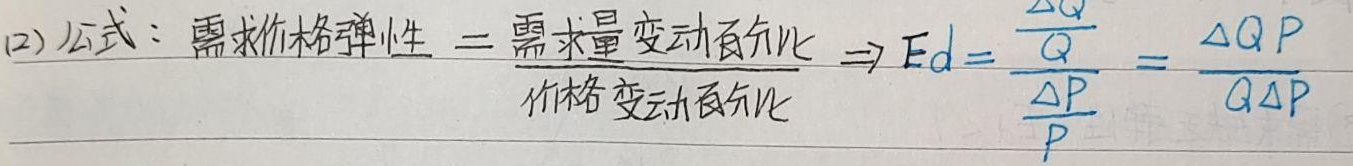
(2)公式：需求价格弹性 \(= \frac{需求量变动百分比}{价格变动百分比} \Rightarrow E_d = \frac{\frac{\Delta Q}{Q}}{\frac{\Delta P}{P}} = \frac{\Delta Q P}{Q\Delta P}\)